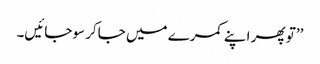
’’تو پھر اپنے کمرے میں جاکر سوجائیں۔